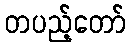
တပည့်တော်